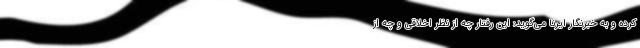
کرده و به خبرنگار ایرنا می‌گوید: این رفتار چه از نظر اخلاقی و چه از